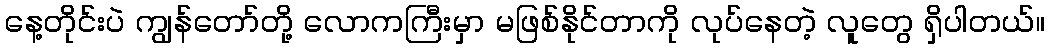
နေ့တိုင်းပဲ ကျွန်တော်တို့ လောကကြီးမှာ မဖြစ်နိုင်တာကို လုပ်နေတဲ့ လူတွေ ရှိပါတယ်။